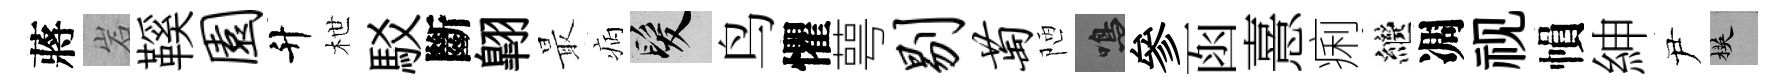
蔣岩鞵园升枻駁斷翺最病髮鸟懼萼剔萄陋鳴參函憙痢繼凋视𢄙紳尹楧